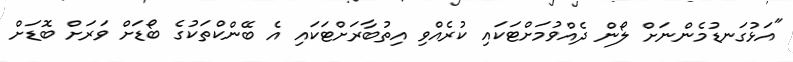
"އަޅުގަނޑުމެންނަށް ލޯން ދެއްވުމަށްޓަކައި ކުރެއްވި އިތުބާރަށްޓަކައި އެ ބޭންކްތަކުގެ ބޯޑަށް ވަރަށް ބޮޑަށް